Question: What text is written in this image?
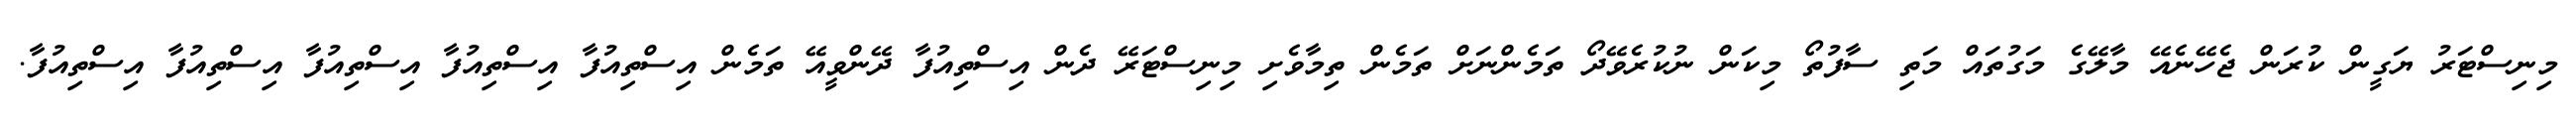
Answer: މިނިސްޓަރު ޔަގީން ކުރަން ޖެހޭނެއޭ މާލޭގެ މަގުތައް މަތި ސާފުތޯ މިކަން ނުކުރެވޭދޯ ތަމެންނަށް ތަމެން ތިމާވެށި މިނިސްޓަރޭ ދެން އިސްތިއުފާ ދޭންވީއޭ ތަމެން އިސްތިއުފާ އިސްތިއުފާ އިސްތިއުފާ އިސްތިއުފާ އިސްތިއުފާ.